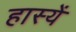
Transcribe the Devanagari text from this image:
हास्यें